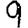
Digit: 9